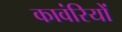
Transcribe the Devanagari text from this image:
कावंरियों